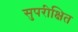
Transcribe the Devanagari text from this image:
सुपरीक्षित